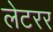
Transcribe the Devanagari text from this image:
लेटरर